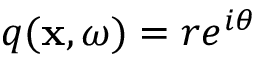
q ( \mathbf { x } , \omega ) = r e ^ { i \theta }